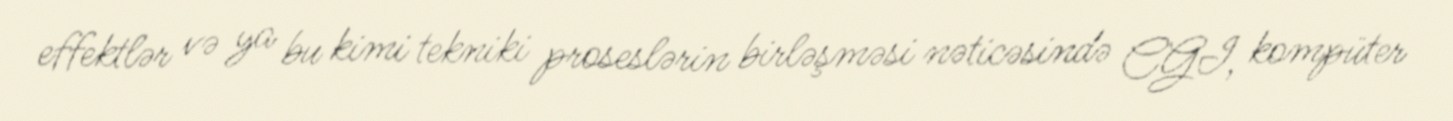
effektlər və ya bu kimi tekniki proseslərin birləşməsi nəticəsində CGI, kompüter